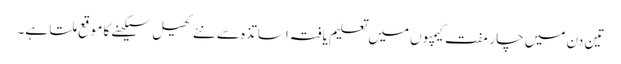
تین دن میں چار مفت کیمپوں میں تعلیم یافتہ اساتذہ سے نئے کھیل سیکھنے کا موقع ملتا ہے۔